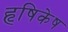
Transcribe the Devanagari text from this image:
हृषिकेष